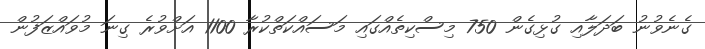
ގެނެވުނު ބަދަލާއި ގުޅިގެން 750 މިސްކިތެއްގައި މަސައްކަތްކުރާ 1100 އަށްވުރެ ގިނަ މުވައްޒަފުން